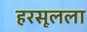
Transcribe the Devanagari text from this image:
हरसूलला